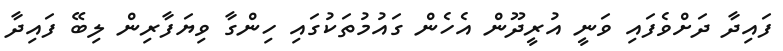
ފައިދާ ދަށްވެފައި ވަނީ އުރީދޫން އެހެން ގައުމުތަކުގައި ހިންގާ ވިޔަފާރިން ލިބޭ ފައިދާ